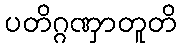
ပတိဂ္ဂဏှာတူတိ